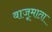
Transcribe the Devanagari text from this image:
वाजूमाता